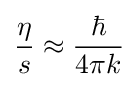
{\frac {\eta }{s}}\approx {\frac {\hbar }{4\pi k}}